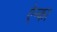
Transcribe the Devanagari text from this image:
ऐन्का